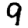
Digit: 9